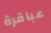
عباقرة